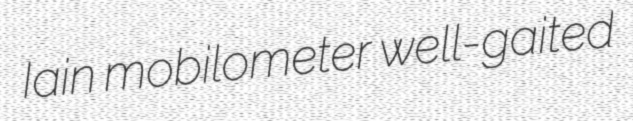
Iain mobilometer well-gaited